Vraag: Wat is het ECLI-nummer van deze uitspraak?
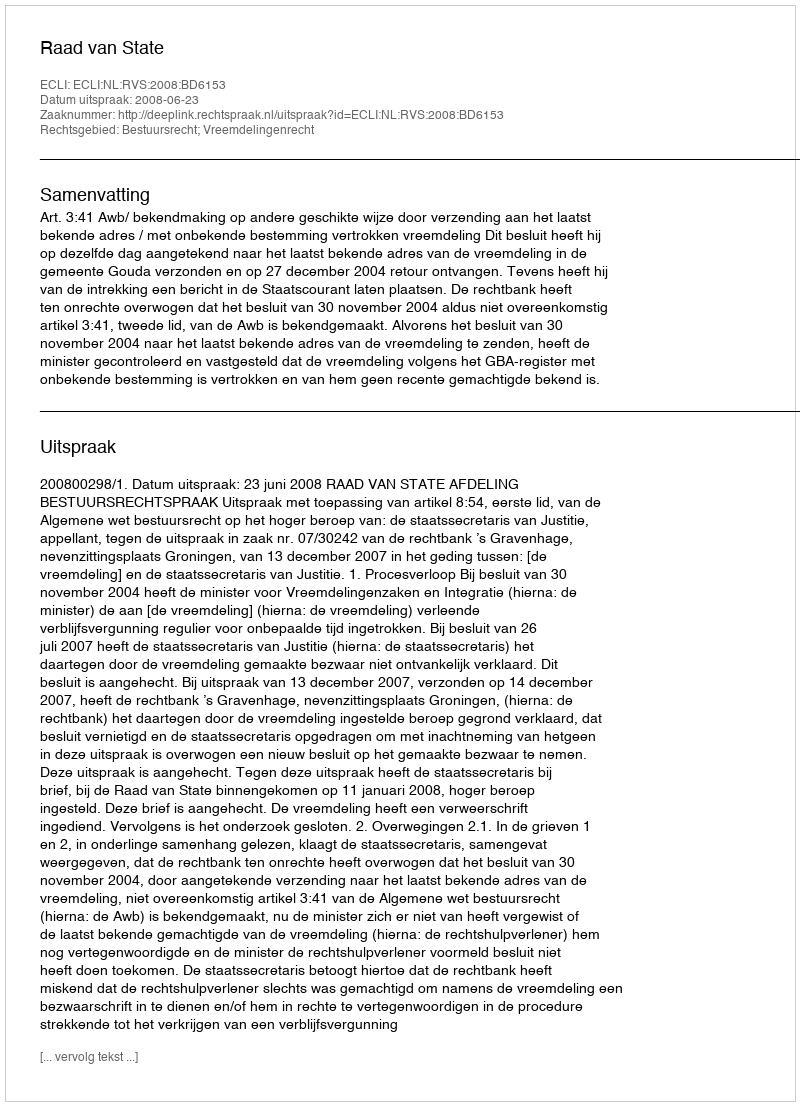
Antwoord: ECLI:NL:RVS:2008:BD6153